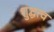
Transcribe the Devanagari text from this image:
शुद्धत्व